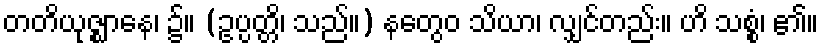
တတိယုဇ္ဈာနေ၊ ၌။ (ဥပ္ပတ္တိ၊ သည်။) နတွေဝ သိယာ၊ လျှင်တည်း။ ဟိ သစ္စံ၊ ၏။